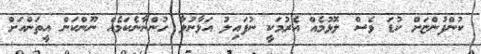
ކުންފުންޏަށް ކުޑަ ވެސް ލޮޅުމެއް އެރުމަކީ ނުފައިލު އަޅާނުލާ ހުންނާނެކަމެއް ނޫންކަން އީތަންއަށް